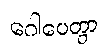
ဂေါပေတွာ